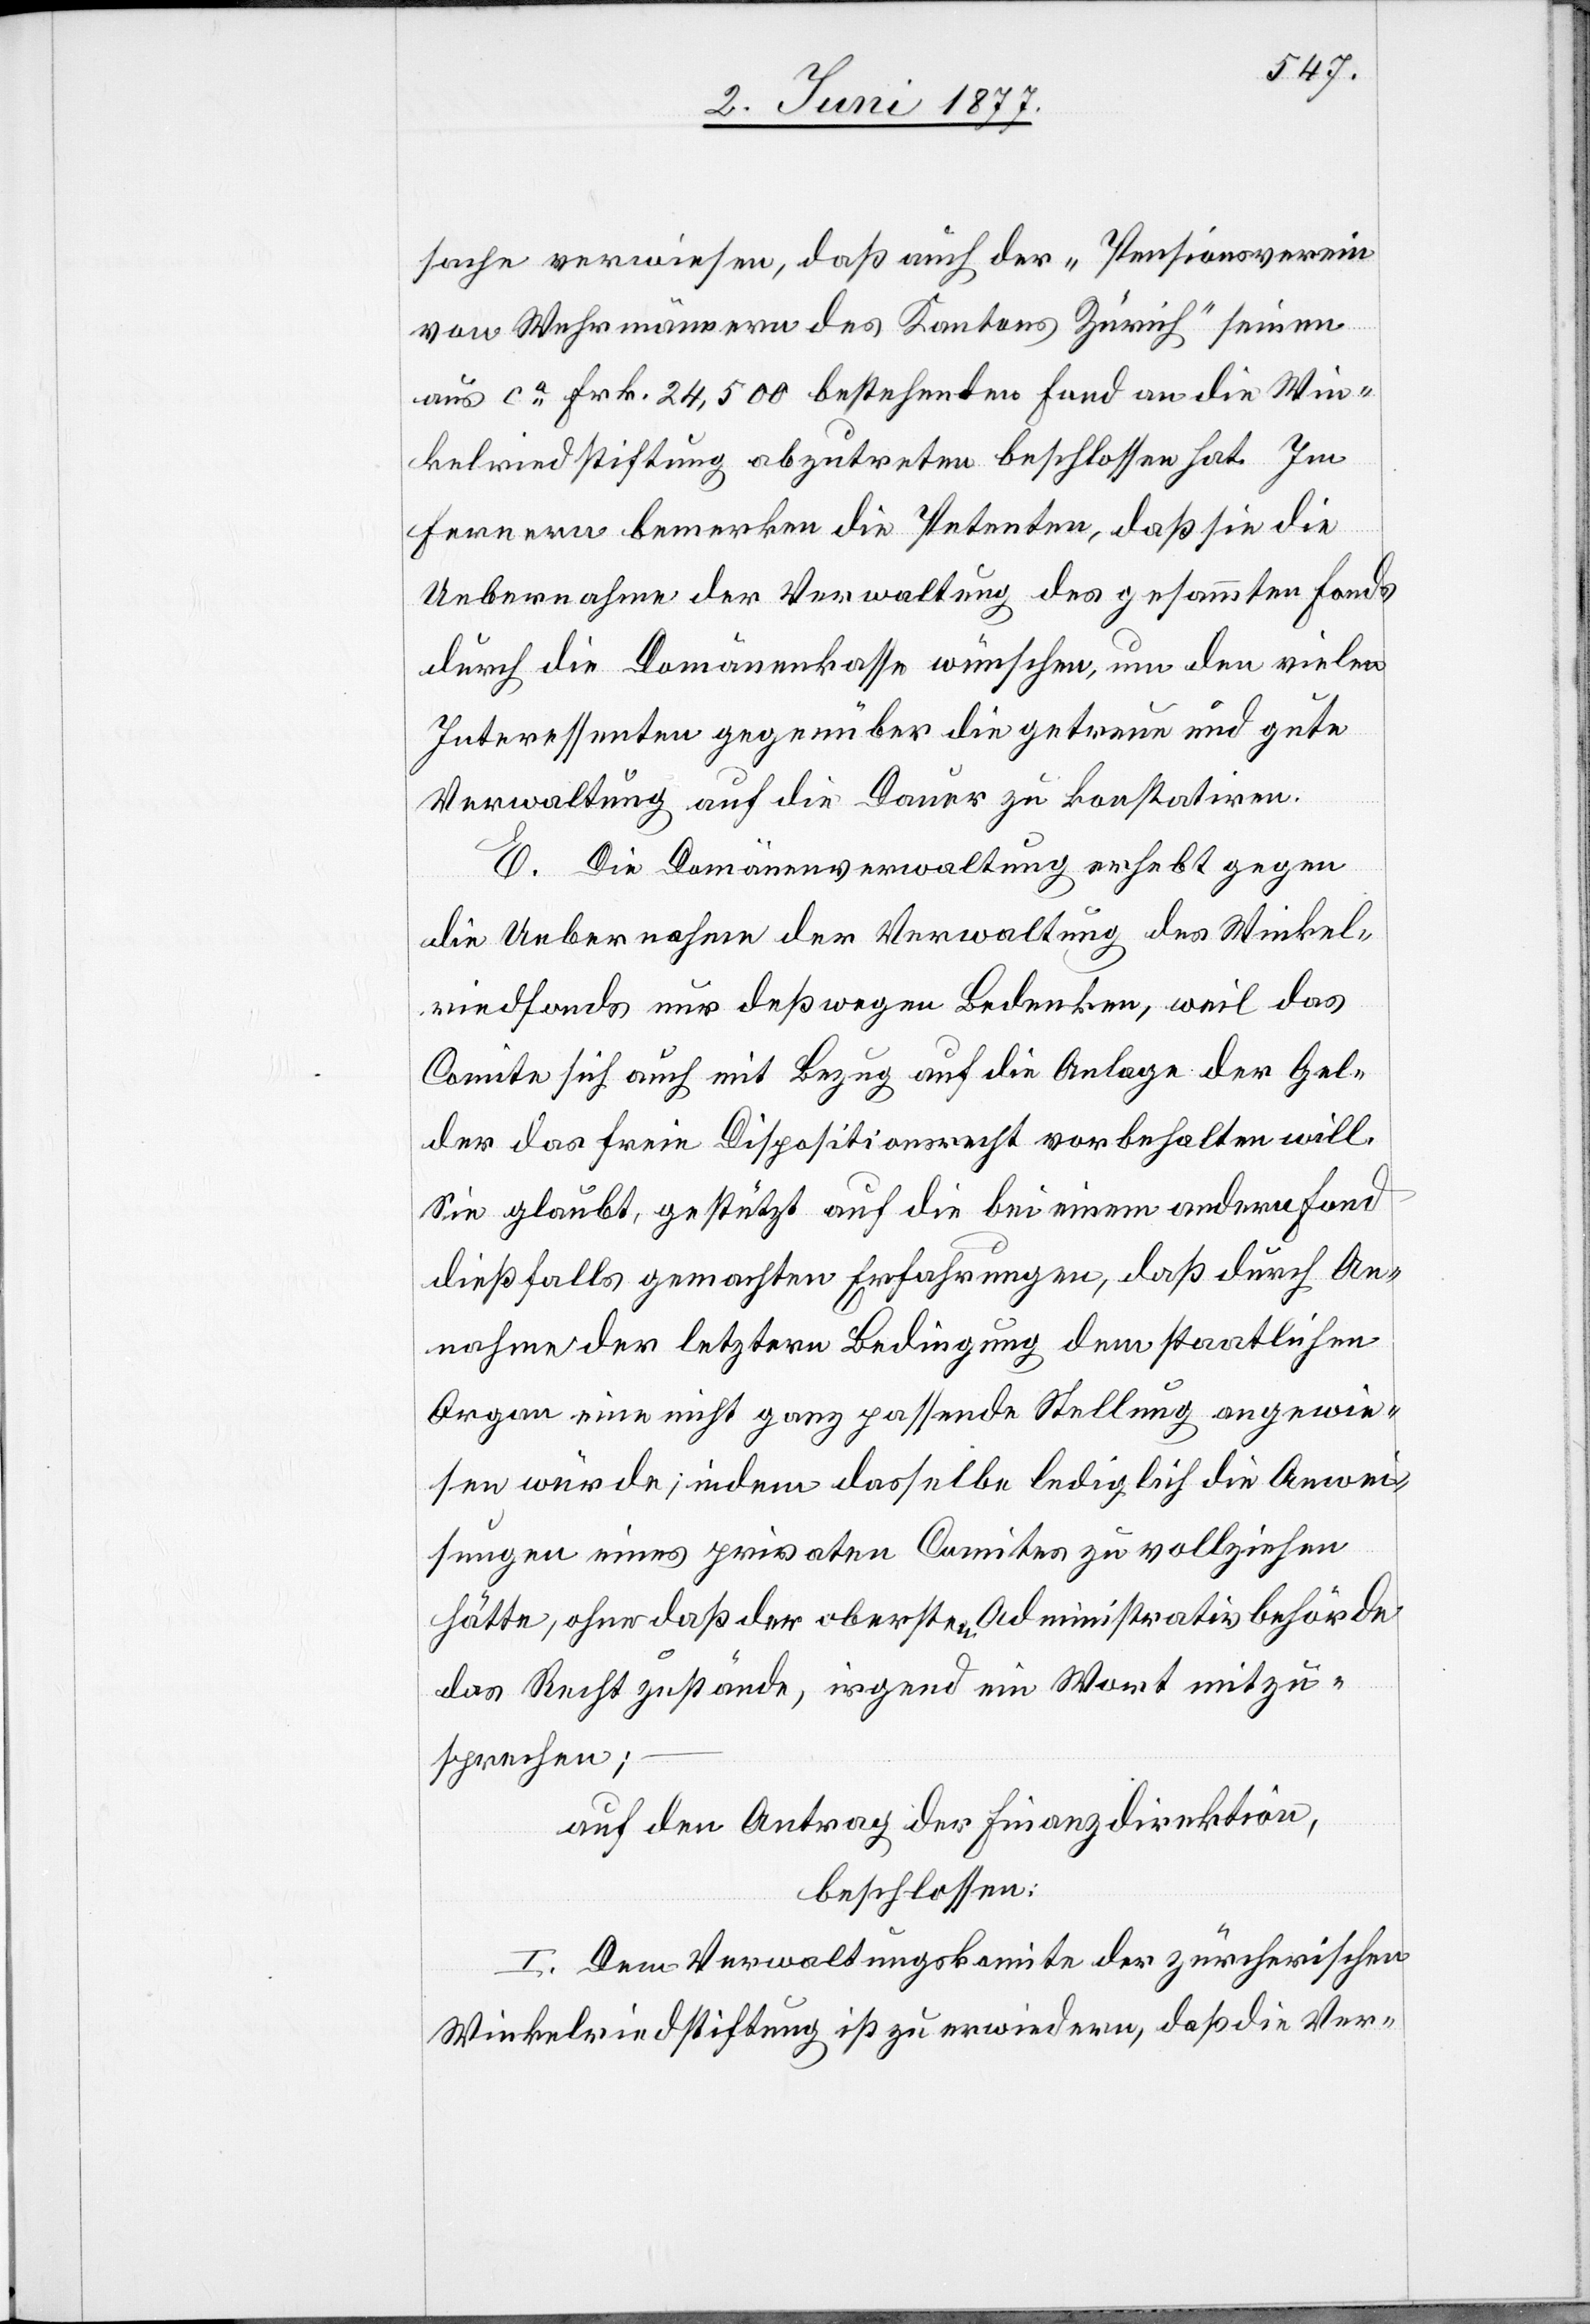
sache verwiesen, daß auch der „Pensionsverein
von Wehrmännern des Kantons Zürich“ seinen
aus ca Frk. 24,500 bestehenden Fond an die Win¬
kelriedstiftung abzutreten beschlossen hat. Im
Fernern bemerken die Petenten, daß sie die
Uebernahme der Verwaltung des gesammten Fonds
durch die Domänenkasse wünschen, um den vielen
Interessen gegenüber die getreue und gute
Verwaltung auf die Dauer zu konstatiren.
E. Die Domänenverwaltung erhebt gegen
die Uebernahme der Verwaltung des Winkel¬
riedfonds nur deßwegen Bedenken, weil das
Comite sich auch mit Bezug auf die Anlage der Gel¬
der das freie Dispositionsrecht vorbehalten will.
Sie glaubt, gestützt auf die bei einem andern Fond
dießfalls gemachten Erfahrungen, daß durch An¬
nahme der letztern Bedingung dem staatlichen
Organ eine nicht ganz passende Stellung angewie¬
sen würde, indem dasselbe lediglich die Anwei¬
sung eines privaten Comites zu vollziehen
hätte, ohne daß der obersten Administrativbehörde
das Recht zustände, irgend ein Wort mitzu¬
sprechen;
auf den Antrag der Finanzdirektion,
beschlossen:
I. Dem Verwaltungskomite der zürcherischen
Winkelriedstiftung ist zu erwiedern, daß die Ver-